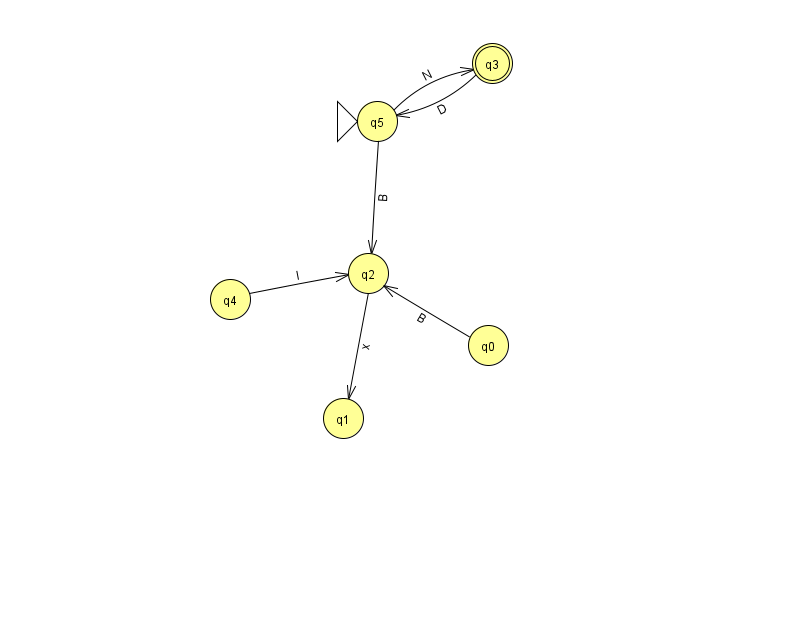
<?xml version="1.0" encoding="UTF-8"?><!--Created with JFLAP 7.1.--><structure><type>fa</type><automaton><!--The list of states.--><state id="0" name="q0"><x>488.0</x><y>332.0</y></state><state id="1" name="q1"><x>343.0</x><y>405.0</y></state><state id="2" name="q2"><x>368.0</x><y>260.0</y></state><state id="3" name="q3"><x>492.0</x><y>50.0</y><final/></state><state id="4" name="q4"><x>230.0</x><y>286.0</y></state><state id="5" name="q5"><x>377.0</x><y>108.0</y><initial/></state><!--The list of transitions.--><transition><from>0</from><to>2</to><read>B</read></transition><transition><from>3</from><to>5</to><read>D</read></transition><transition><from>2</from><to>1</to><read>x</read></transition><transition><from>5</from><to>3</to><read>N</read></transition><transition><from>5</from><to>2</to><read>B</read></transition><transition><from>4</from><to>2</to><read>I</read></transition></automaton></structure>